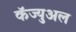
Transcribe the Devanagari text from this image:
कॅज्युअल